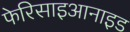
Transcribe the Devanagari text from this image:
फेरिसाइआनाइड